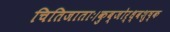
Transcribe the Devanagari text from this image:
चितिजाताः।कुब्जोर्ध्वशुष्क